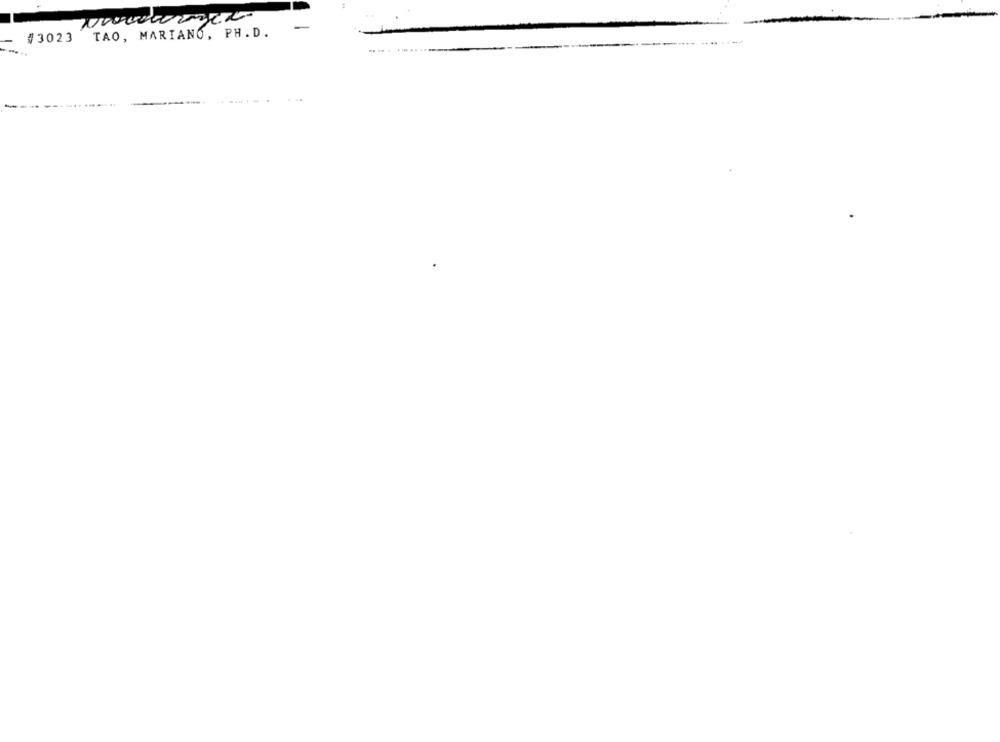
-
TAO, MARIANO, PH.D.
#3023
-. -